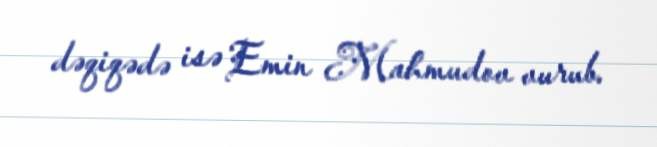
dəqiqədə isə Emin Mahmudov vurub.